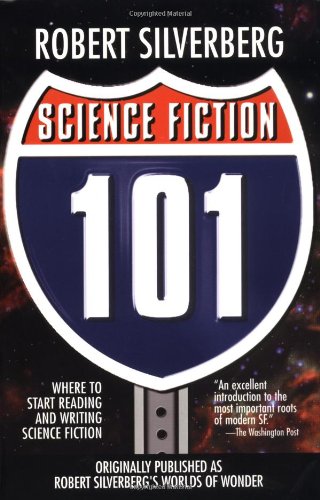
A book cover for Science Fiction 101: Where to Start Reading and Writing Science Fiction; Robert Silverberg; Science Fiction & Fantasy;